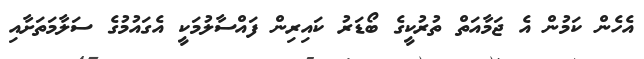
އެހެން ކަމުން އެ ޖަމާއަތް ތުރުކީގެ ބޯޑަރު ކައިރިން ފައްސާލުމަކީ އެގައުމުގެ ސަލާމަތަށާއި